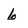
Character: 6